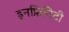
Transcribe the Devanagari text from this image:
इनफ़िनिटी